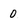
Character: 0